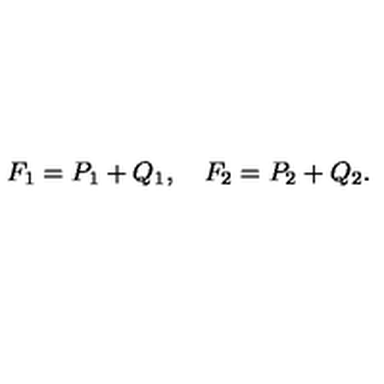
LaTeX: F _ { 1 } = P _ { 1 } + Q _ { 1 } , \quad F _ { 2 } = P _ { 2 } + Q _ { 2 } .